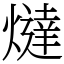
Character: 燵